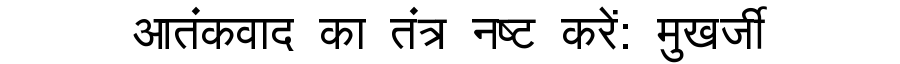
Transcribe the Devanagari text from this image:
आतंकवाद का तंत्र नष्ट करें: मुखर्जी